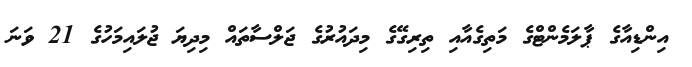
އިންޑިއާގެ ޕާލަމެންޓްގެ މަތިގެއާއި ތިރިގޭގެ މިދައުރުގެ ޖަލްސާތައް މިދިޔަ ޖުލައިމަހުގެ 21 ވަނަ